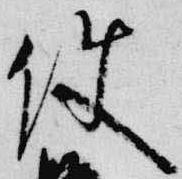
使